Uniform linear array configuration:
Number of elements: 48
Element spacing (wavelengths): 0.75
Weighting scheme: exponential
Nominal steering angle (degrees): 60
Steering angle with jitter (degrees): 61.966
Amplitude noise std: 0.05
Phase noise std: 0.05

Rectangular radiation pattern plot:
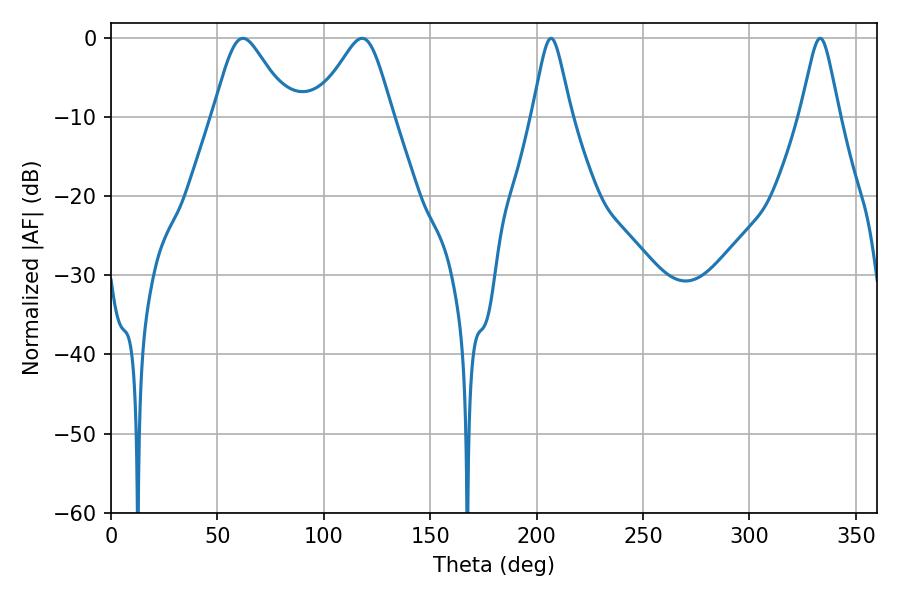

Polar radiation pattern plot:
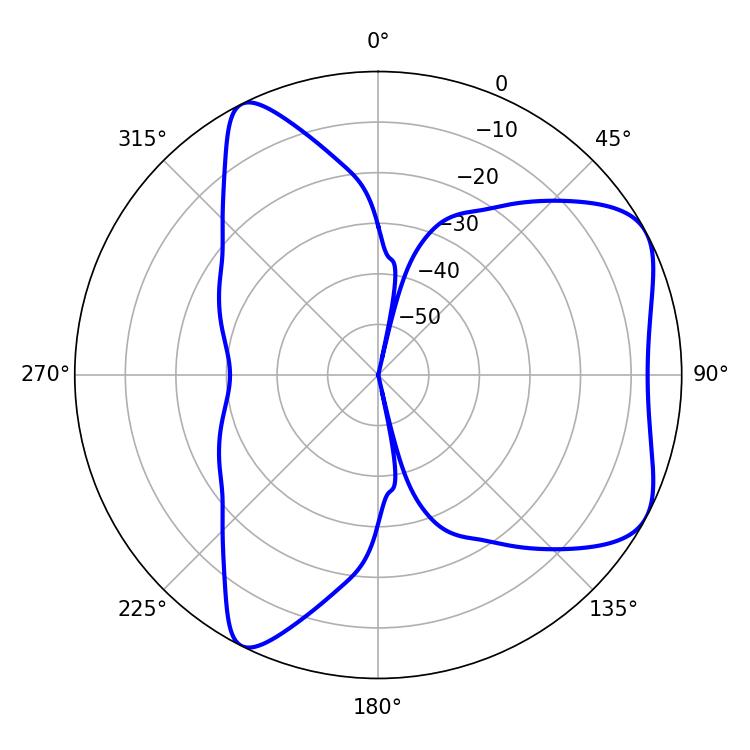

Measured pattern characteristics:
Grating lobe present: TRUE
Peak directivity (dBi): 5.982
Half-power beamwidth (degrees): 17.28
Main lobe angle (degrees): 61.92